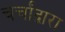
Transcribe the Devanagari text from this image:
चर्चांद्वारा